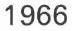
1966